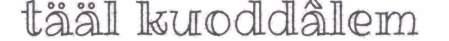
tääl kuoddâlem